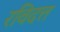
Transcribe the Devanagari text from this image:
रविदत्त